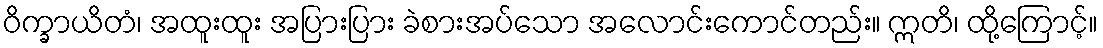
ဝိက္ခာယိတံ၊ အထူးထူး အပြားပြား ခဲစားအပ်သော အလောင်းကောင်တည်း။ ဣတိ၊ ထို့ကြောင့်။